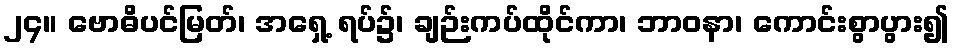
၂၄။ ဗောဓိပင်မြတ်၊ အရှေ့ ရပ်၌၊ ချဉ်းကပ်ထိုင်ကာ၊ ဘာဝနာ၊ ကောင်းစွာပွား၍